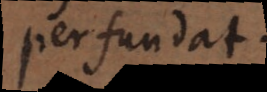
perfundat.